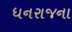
ધનરાજના